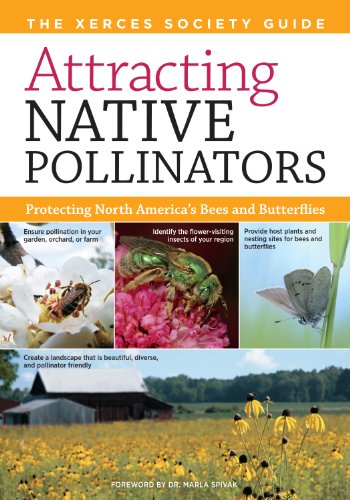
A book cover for Attracting Native Pollinators: The Xerces Society Guide, Protecting North America's Bees and Butterflies; The Xerces Society; Science & Math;